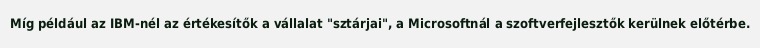
Míg például az IBM-nél az értékesítők a vállalat "sztárjai", a Microsoftnál a szoftverfejlesztők kerülnek előtérbe.